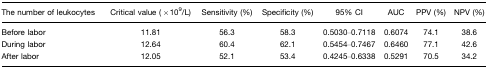
| The number of leukocytes | Critical value (×109/L) | Sensitivity (%) | Specificity (%) | 95% CI | AUC | PPV (%) | NPV (%) |
 | --- | --- | --- | --- | --- | --- | --- | --- |
 | Before labor | 11.81 | 56.3 | 58.3 | 0.5030–0.7118 | 0.6074 | 74.1 | 38.6 |
 | During labor | 12.64 | 60.4 | 62.1 | 0.5454–0.7467 | 0.6460 | 77.1 | 42.6 |
 | After labor | 12.05 | 52.1 | 53.4 | 0.4245–0.6338 | 0.5291 | 70.5 | 34.2 |